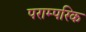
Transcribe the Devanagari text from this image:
पराम्परिक